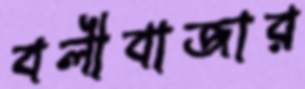
বলীবাজার